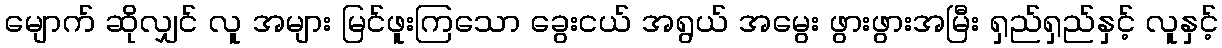
မျောက် ဆိုလျှင် လူ အများ မြင်ဖူးကြသော ခွေးငယ် အရွယ် အမွေး ဖွားဖွားအမြီး ရှည်ရှည်နှင့် လူနှင့်